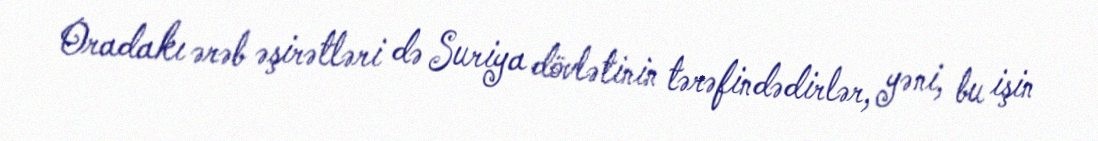
Oradakı ərəb əşirətləri də Suriya dövlətinin tərəfindədirlər, yəni, bu işin